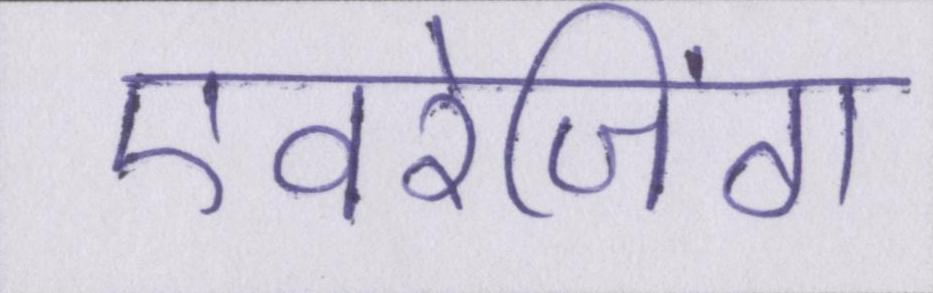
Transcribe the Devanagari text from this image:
एवरेजिंग